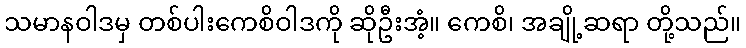
သမာနဝါဒမှ တစ်ပါးကေစိဝါဒကို ဆိုဦးအံ့။ ကေစိ၊ အချို့ဆရာ တို့သည်။